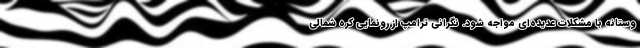
وستانه با مشکلات عدیده‌ای مواجه شود. نگرانی ترامپ از رونمایی کره شمالی